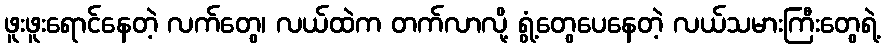
ဖူးဖူးရောင်နေတဲ့ လက်တွေ၊ လယ်ထဲက တက်လာလို့ ရွံ့တွေပေနေတဲ့ လယ်သမားကြီးတွေရဲ့